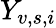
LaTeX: Y_{v,s,i}